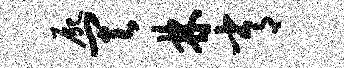
尸其林常